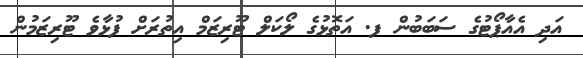
އަދި އެއާޕޯޓުގެ ސަބަބުން ފ. އަތޮޅުގެ ލޯކަލް ޓޫރިޒަމް އިތުރަށް ފުޅާވެ ޓޫރިޒަމުން